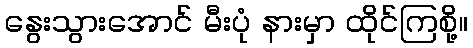
နွေးသွားအောင် မီးပုံ နားမှာ ထိုင်ကြစို့။